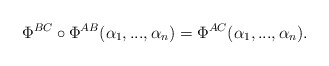
\begin{align*} \Phi^{BC}\circ \Phi^{AB}(\alpha_1,...,\alpha_n) = \Phi^{AC}(\alpha_1,...,\alpha_n). \end{align*}